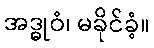
အဒ္ဓုဝံ၊ မခိုင်ခံ့။